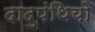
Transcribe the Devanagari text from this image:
दादुपंथियो